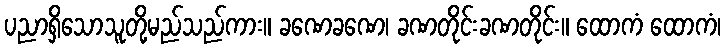
ပညာရှိသောသူတို့မည်သည်ကား။ ခဏေခဏေ၊ ခဏတိုင်းခဏတိုင်း။ ထောကံ ထောကံ၊